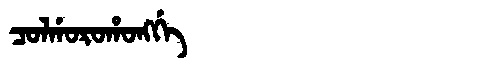
Manchu: ᠴᠣᠯᡤᠣᡵᠣᡥᠣᠩᡤᡝ
Romanization: COLGOROHONGGE